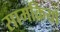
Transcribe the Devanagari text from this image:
सामक्रियों